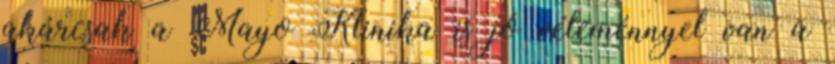
akárcsak a Mayo Klinika is jó véleménnyel van a